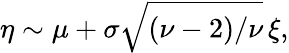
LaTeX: \eta\sim\mu+\sigma\sqrt{(\nu-2)/\nu}\, \xi,